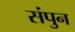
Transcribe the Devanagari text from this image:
संपुन